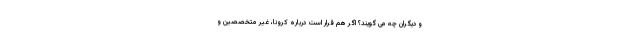
و دیگران چه می گویند؟ اگر هم قرار است درباره کرونا، غیر متخصصین و